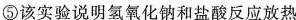
⑤该实验说明氢氧化钠和盐酸反应放热